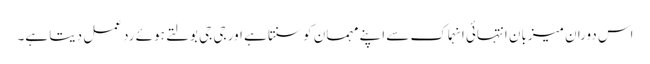
اس دوران میزبان انتہائی انہماک سے اپنے مہمان کو سنتا ہے اور جی جی بولتے ہوئے ردِ عمل دیتا ہے۔